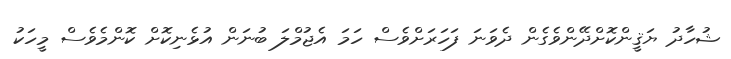
ޝުހާދު ޔަޤީންކޮށްދޭންވެގެން ދެވަނަ ފަހަރަށްވެސް ހަމަ އެޖުމްލަ ބުނަން އުޅެނިކޮށް ކޮންމެވެސް މީހަކު